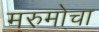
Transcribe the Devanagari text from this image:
मरुमोचा